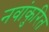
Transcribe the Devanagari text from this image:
नवांकुरित